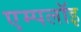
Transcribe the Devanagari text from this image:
एम्पलॉइ